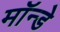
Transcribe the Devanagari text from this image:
मॉन्डे